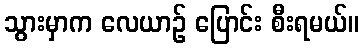
သွားမှာက လေယာဉ် ပြောင်း စီးရမယ်။